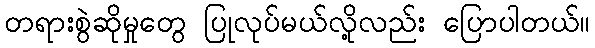
တရားစွဲဆိုမှုတွေ ပြုလုပ်မယ်လို့လည်း ပြောပါတယ်။